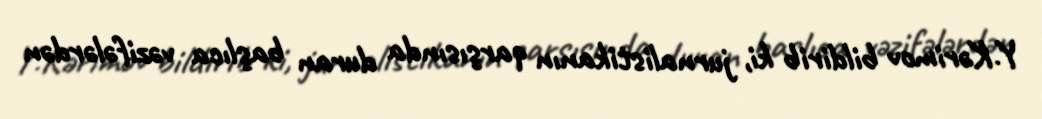
Y.Kərimov bildirib ki, jurnalistikanın qarşısında duran başlıca vəzifələrdən